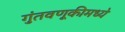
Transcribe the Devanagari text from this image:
गुंतवणूकीमध्ये